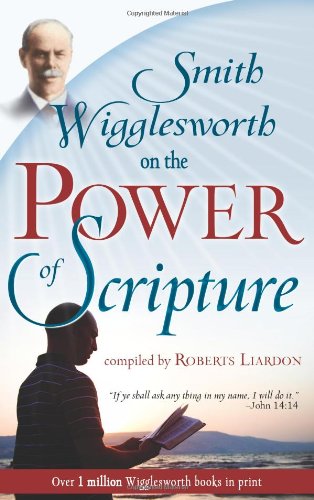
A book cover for Smith Wigglesworth On The Power Of Scripture; Smith Wigglesworth; Christian Books & Bibles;